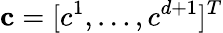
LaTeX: \mathbf{c}=[c^{1},\dots,c^{d+1}]^{T}